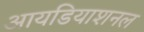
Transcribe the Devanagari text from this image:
आयडियाशनल